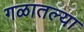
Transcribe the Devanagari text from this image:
गळातल्या